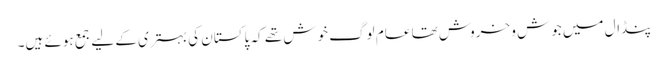
پنڈال میں جوش و خروش تھا عام لوگ خوش تھے کہ پاکستان کی بہتری کے لیے جمع ہوئے ہیں۔